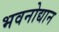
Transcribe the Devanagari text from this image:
भवनोद्यान